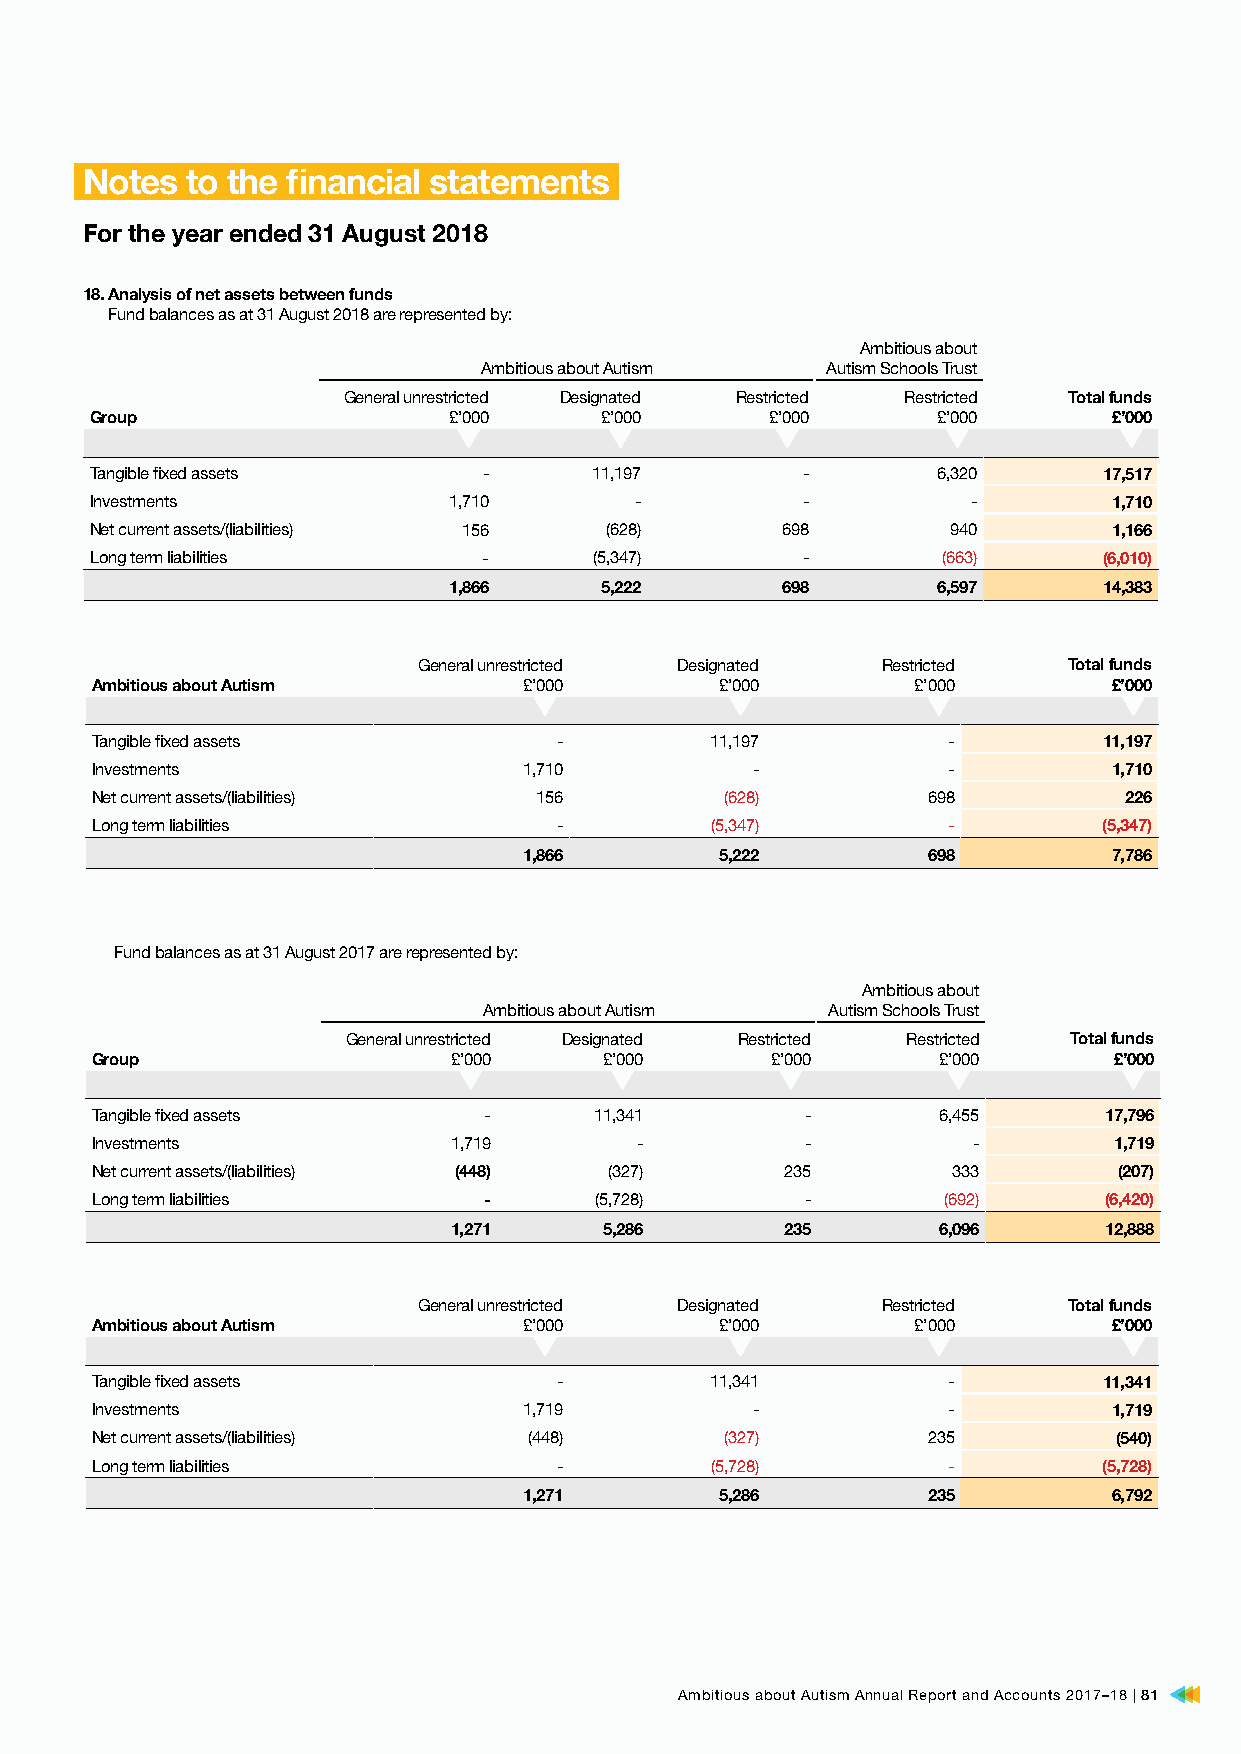
Notes  to the financial statements
 For the year ended 31 August 2018
 18. Analysis of net assets between funds
 Fund balances as at 31 August 2018 are represented by:
 Ambitious about
 Ambitious about Autism Autism Schools Trust
 General unrestricted Designated Restricted Restricted Total funds
 Group                   £’000     £’000      £’000      £’000       £’000
 Tangible fixed assets     -      11,197        -        6,320      17,517
 Investments             1,710       -          -          -         1,710
 Net current assets/(liabilities) 156 (628)    698        940        1,166
 Long term liabilities     -      (5,347)       -        (663)      (6,010)
 1,866     5,222       698       6,597      14,383
 General unrestricted Designated Restricted Total funds
 Ambitious about Autism       £’000        £’000        £’000        £’000
 Tangible fixed assets          -         11,197          -         11,197
 Investments                  1,710          -            -          1,710
 Net current assets/(liabilities) 156      (628)        698          226
 Long term liabilities          -         (5,347)         -         (5,347)
 1,866        5,222        698          7,786
 Fund balances as at 31 August 2017 are represented by:
 Ambitious about
 Ambitious about Autism Autism Schools Trust
 General unrestricted Designated Restricted Restricted Total funds
 Group                   £’000     £’000      £’000      £’000       £’000
 Tangible fixed assets     -      11,341        -        6,455      17,796
 Investments             1,719       -          -          -         1,719
 Net current assets/(liabilities) (448) (327)  235        333        (207)
 Long term liabilities     -      (5,728)       -        (692)      (6,420)
 1,271     5,286       235       6,096      12,888
 General unrestricted Designated Restricted Total funds
 Ambitious about Autism       £’000        £’000        £’000        £’000
 Tangible fixed assets          -         11,341          -         11,341
 Investments                  1,719          -            -          1,719
 Net current assets/(liabilities) (448)    (327)        235          (540)
 Long term liabilities          -         (5,728)         -         (5,728)
 1,271        5,286        235          6,792
 Ambitious about Autism Annual Report and Accounts 2017–18 | 81